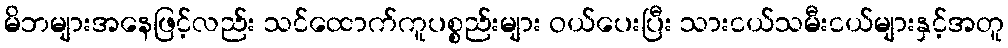
မိဘများအနေဖြင့်လည်း သင်ထောက်ကူပစ္စည်းများ ဝယ်ပေးပြီး သားငယ်သမီးငယ်များနှင့်အတူ